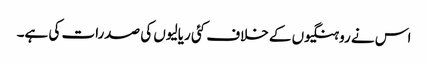
اس نے روہنگیوں کے خلاف کئی ریالیوں کی صدرات کی ہے۔